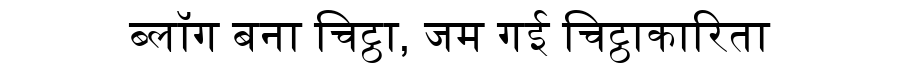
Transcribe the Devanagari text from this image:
ब्लॉग बना चिट्ठा, जम गई चिट्ठाकारिता